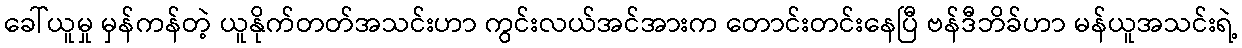
ခေါ်ယူမှု မှန်ကန်တဲ့ ယူနိုက်တတ်အသင်းဟာ ကွင်းလယ်အင်အားက တောင်းတင်းနေပြီ ဗန်ဒီဘိခ်ဟာ မန်ယူအသင်းရဲ့